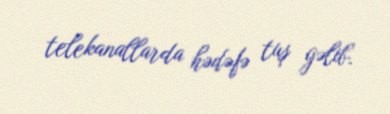
telekanallarda hədəfə tuş gəlib.